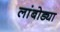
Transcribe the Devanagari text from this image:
लांबोड्या